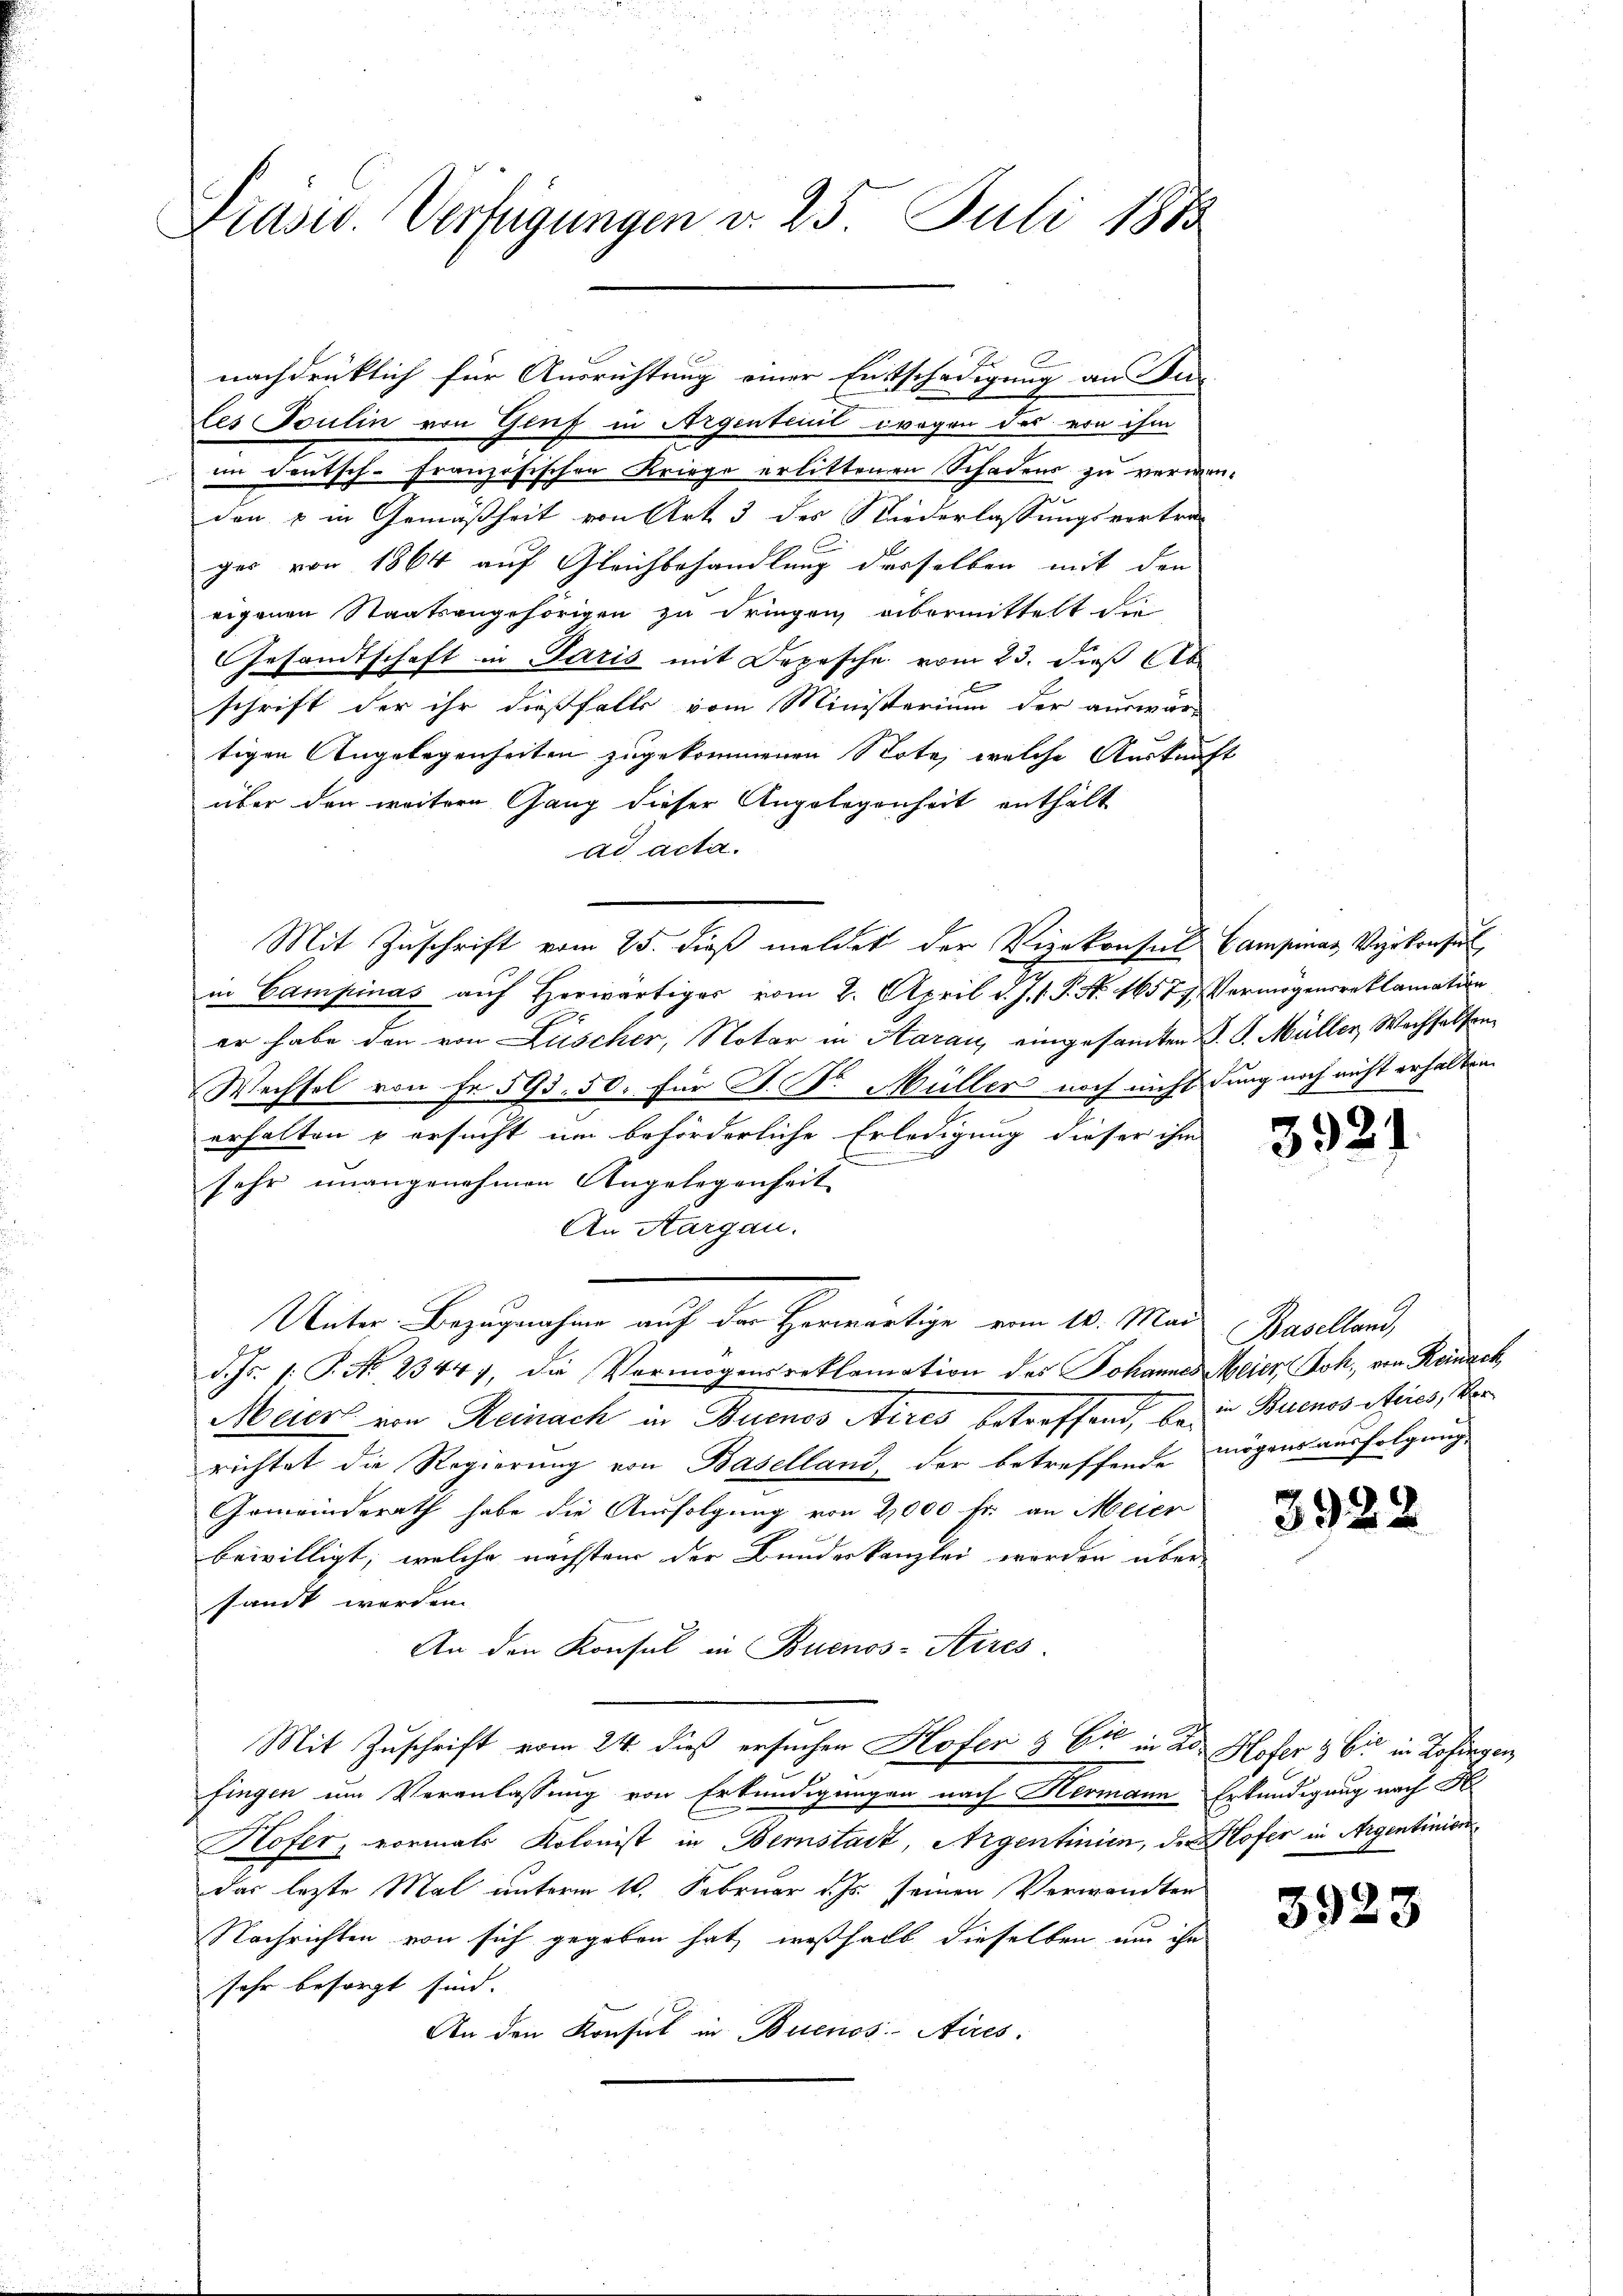
Drusiv. Verfügungen d. 25 Juli 1883

les Foulin von Genf in Argentent wagen des von ihm
im Deutsch-Französischen Kriege erlittenen Schadens zu vermin
den & in Gemäßheit von Art 3 des Niederlassungsvertra-
ges von 1864 auf Gleichbehandlung derselben mit den
eigenen Staatsangehörigen zu dringen übermittelt die
Gesandtschaft in Paris mit Depesche vom 23. dieß 18
s
schrift der ihr dießfalls vom Ministerium der auswär-
tigen Angelegenheiten zugekommenen Note, welche Auskunft
über den weitere Gang dieser Angelegenheit enthält
ad acta.
Mit Zuschrift vom 25. dieβ meldet der Vizekonsul Campinas Vizekonsul
in Campinas auf Herwärtiges vom 2. April d. J. J. P. Nr. 1657 Vermögensreklamation
1
er habe den von Zuscher, Notar in Aarau, eingesamten J. J. Müller Wachselten
Wechsel von Fr. 593. 50. für S. S. Müller noch nicht dung noch nicht erhalten.
erhalten & ersucht um beförderliche Erledigung dieser ihm
.
sehr unangenehmen Angelegenheit |
An Aargau.
Unter Bezugnahme auf der Herwärtige vom 10. Mari
d. Js. 1. P. Nr. 23447, die Vermögensreklamation des Johannes Meier Joh. von Reinack
Meier von Reinach in Buenos Aires betreffend, bei in Buenos Aires, Ver
richtet die Regierung von Baselland, der betreffende mögens ausfolgung
Gemeinderath habe die Ausfolgung von 2,000 Fr. an Meier
bewilligt, welche nachsten der Bundeskanzlei worden über-
sandt worden.
An den Konsul in Buenos-Aires
Mit Zuschrift vom 24. dieß ersuchen Hofer & Cie in 20. Hofer & Cie in Zofingen
fingen um Veranlassung von Erkundigungen nach Hermann Erkundigung nach H
Hofer, vormals Kolonist in Bernstadt, Argentinien, der Hofer in Argentiniondas lezte Mal unterm 10. Februar d. Js. seinen Verwandten
Nachrichten von sich gegeben hat, weßhalb dieselben um ihn
sehr besorgt sind. |
An den Konsul in Buenos Aires.

nachdrücklich für Ausrichtung einer Entschädigung an Dur

118

392)

Baselland,

3922

3923